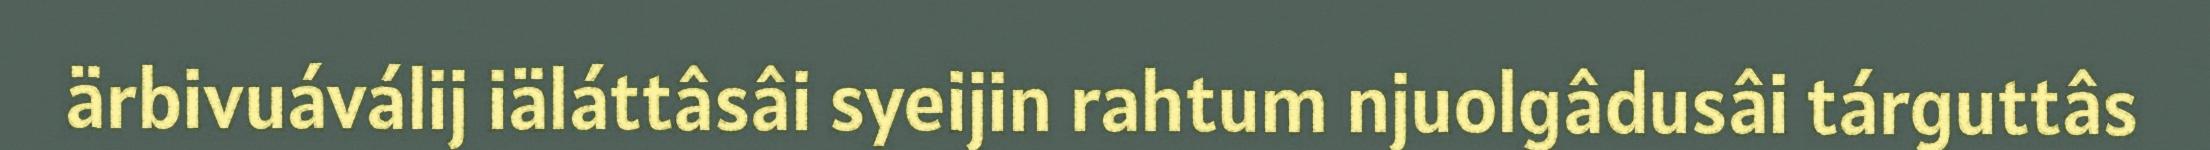
ärbivuáválij iäláttâsâi syeijin rahtum njuolgâdusâi tárguttâs